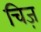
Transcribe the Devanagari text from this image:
चिज़